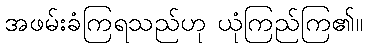
အဖမ်းခံကြရသည်ဟု ယုံကြည်ကြ၏။